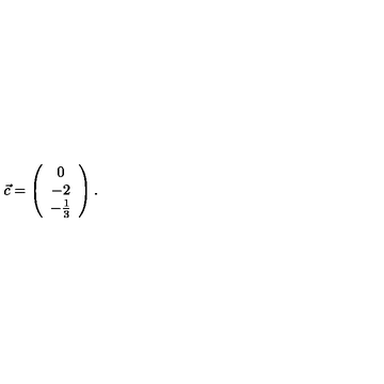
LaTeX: \vec { c } = \left( \begin{array} { c } { 0 } \\ { - 2 } \\ { - \frac { 1 } { 3 } } \\ \end{array} \right) .